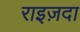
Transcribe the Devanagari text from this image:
राइज़दा